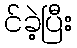
င်ခဲ့ပြီး